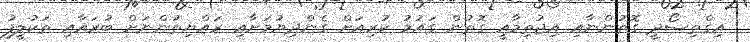
އިގްތިސޯދީ ގޮތުންނާއި އިޖުތިމާއީ ގޮތުން ގައުމު ކުރިއަށް ގެންދިޔުމަށާއި ރައްޔިތުންނަށް ބުރައާއި ތަކުލީފު